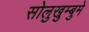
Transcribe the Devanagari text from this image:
सोलुखुम्बुमे